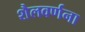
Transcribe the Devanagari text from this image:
शैलवर्णना